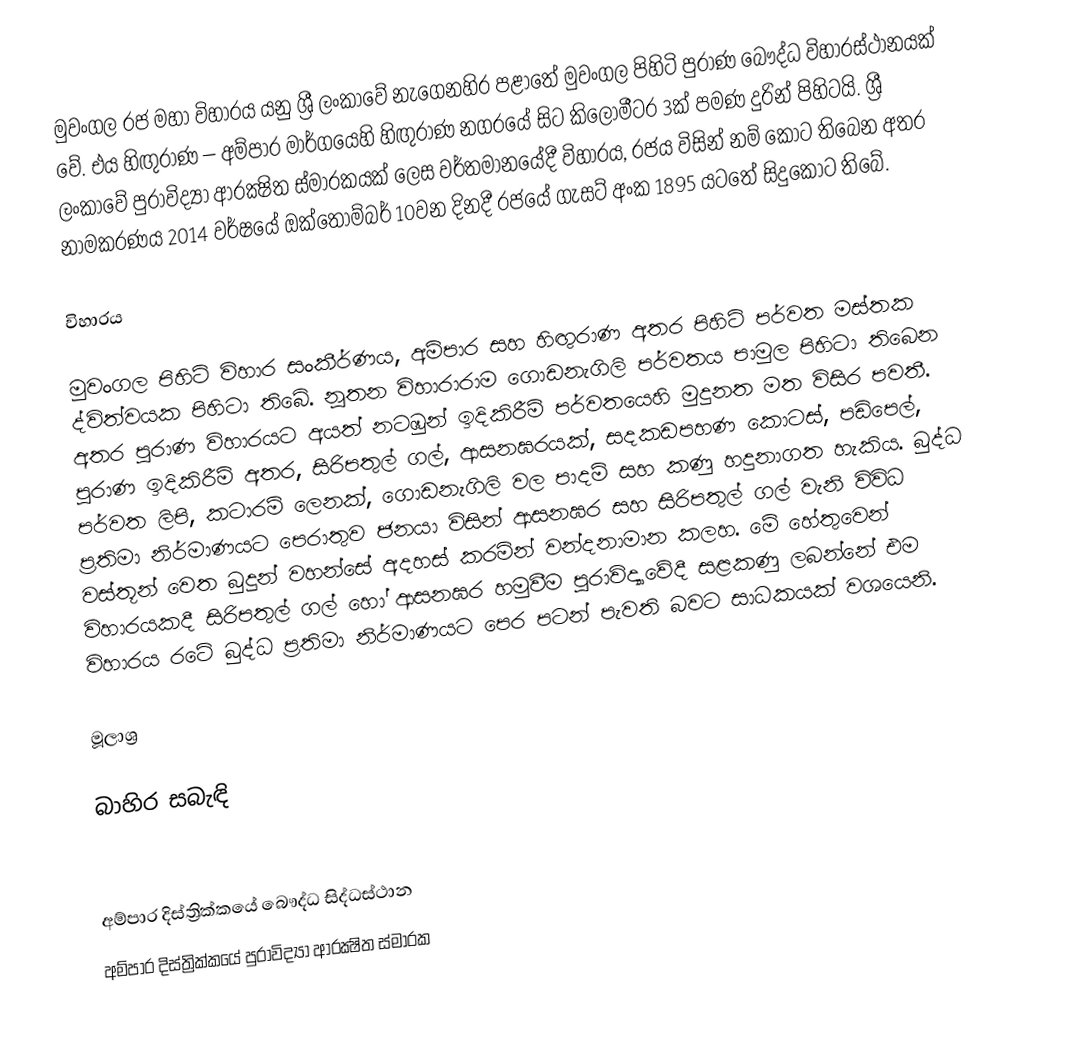
මුවංගල රජ මහා විහාරය යනු ශ්‍රී ලංකාවේ නැගෙනහිර පළාතේ මුවංගල පිහිටි පුරාණ බෞද්ධ විහාරස්ථානයක් වේ. එය හිඟුරාණ – අම්පාර මාර්ගයෙහි හිඟුරාණ නගරයේ සිට කිලෝමීටර 3ක් පමණ දුරින් පිහිටයි. ශ්‍රී ලංකාවේ පුරාවිද්‍යා ආරක්‍ෂිත ස්මාරකයක් ලෙස වර්තමානයේදී විහාරය, රජය විසින් නම් කොට තිබෙන අතර නාමකරණය 2014 වර්ෂයේ ඔක්තෝම්බර් 10වන දිනදී රජයේ ගැසට් අංක 1895 යටතේ සිදුකොට තිබේ.

විහාරය

මුවංගල පිහිටි විහාර සංකීර්ණය, අම්පාර සහ හිඟුරාණ අතර පිහිටි පර්වත මස්තක ද්විත්වයක පිහිටා තිබේ. නූතන විහාරාරාම ගොඩනැගිලි පර්වතය පාමුල පිහිටා තිබෙන අතර පුරාණ විහාරයට අයත් නටඹුන් ඉදිකිරීම් පර්වතයෙහි මුදුනත මත විසිර පවතී. පුරාණ ඉදිකිරීම් අතර, සිරිපතුල් ගල්, ආසනඝරයක්, සදකඩපහණ කොටස්, පඩිපෙල්, පර්වත ලිපි, කටාරම් ලෙනක්, ගොඩනැගිලි වල පාදම් සහ කණු හදුනාගත හැකිය. බුද්ධ ප්‍රතිමා නිර්මාණයට පෙරාතුව ජනයා විසින් ආසනඝර සහ සිරිපතුල් ගල් වැනි විවිධ වස්තූන් වෙත බුදුන් වහන්සේ අදහස් කරමින් වන්දනාමාන කලහ. මේ හේතුවෙන් විහාරයකදී සිරිපතුල් ගල් හෝ ආසනඝර හමුවීම පුරාවිද්‍යාවේදී සළකණු ලබන්නේ එම විහාරය රටේ බුද්ධ ප්‍රතිමා නිර්මාණයට පෙර පටන් පැවති බවට සාධකයක් වශයෙනි.

මූලාශ්‍ර

බාහිර සබැඳි

අම්පාර දිස්ත්‍රික්කයේ බෞද්ධ සිද්ධස්ථාන
අම්පාර දිස්ත්‍රික්කයේ පුරාවිද්‍යා ආරක්‍ෂිත ස්මාරක